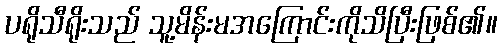
ပရိုသီရိုးသည် သူ့မိန်းမအကြောင်းကိုသိပြီးဖြစ်၏။